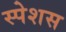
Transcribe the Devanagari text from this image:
स्पेशस